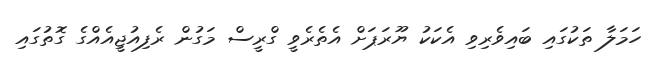
ހަމަލާ ތަކުގައި ބައިވެރިވި އެކަކު ޔޫރަޕަށް އެތެރެވީ ގްރީސް މަގުން ރެފިއުޖީއެއްގެ ގޮތުގައި